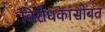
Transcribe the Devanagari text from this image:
विरोधकांसोबत